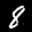
Label: 8